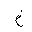
Letter: _kha